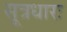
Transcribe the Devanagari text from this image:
सूत्रधारः